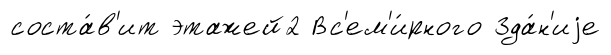
соста́в'ит этажей2 Вс'ем'и́рного Зда́н'иjе